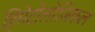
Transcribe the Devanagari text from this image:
हिमेटोलोजिकल